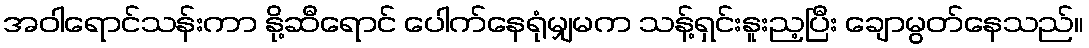
အဝါရောင်သန်းကာ နို့ဆီရောင် ပေါက်နေရုံမျှမက သန့်ရှင်းနူးည့ပြီး ချောမွတ်နေသည်။